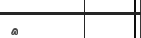
٣